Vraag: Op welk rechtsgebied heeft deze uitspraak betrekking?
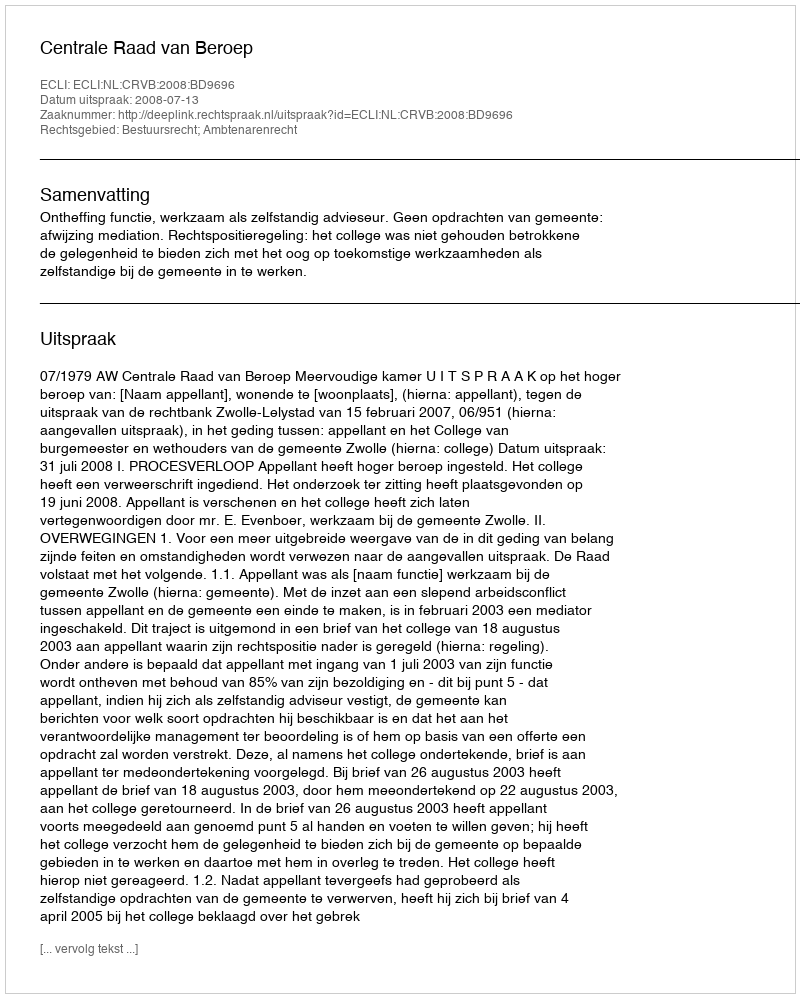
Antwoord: Bestuursrecht; Ambtenarenrecht